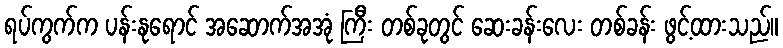
ရပ်ကွက်က ပန်းနုရောင် အဆောက်အအုံ ကြီး တစ်ခုတွင် ဆေးခန်းလေး တစ်ခန်း ဖွင့်ထားသည်။